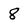
Character: 8